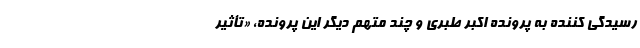
رسیدگی کننده به پرونده اکبر طبری و چند متهم دیگر این پرونده، «تأثیر